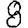
Digit: 8